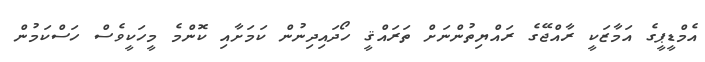
އެމްޑީޕީގެ އަމާޒަކީ ރާއްޖޭގެ ރައްޔިތުންނަށް ތަރައްޤީ ހޯދައިދިނުން ކަމަށާއި ކޮންމެ މީހަކީވެސް ހަސްކަމުން